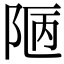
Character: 𨹟